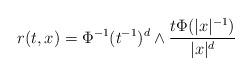
LaTeX: \begin{align*}r(t,x)=\Phi^{-1}(t^{-1})^d \wedge \frac{t\Phi(|x|^{-1})}{|x|^d}\end{align*}